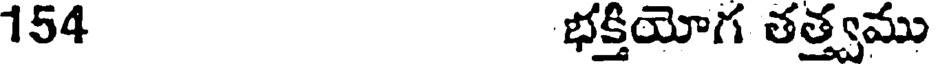
154 భక్తియోగ తత్త్వము